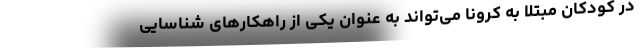
در کودکان مبتلا به کرونا می‌تواند به عنوان یکی از راهکار‌های شناسایی